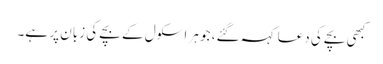
کبھی بچے کی دعا کہہ گئے، جو ہر اسکول کے بچے کی زبان پر ہے۔